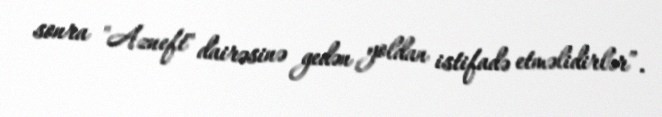
sonra "Azneft" dairəsinə gedən yoldan istifadə etməlidirlər”.